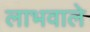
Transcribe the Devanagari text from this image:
लाभवाले